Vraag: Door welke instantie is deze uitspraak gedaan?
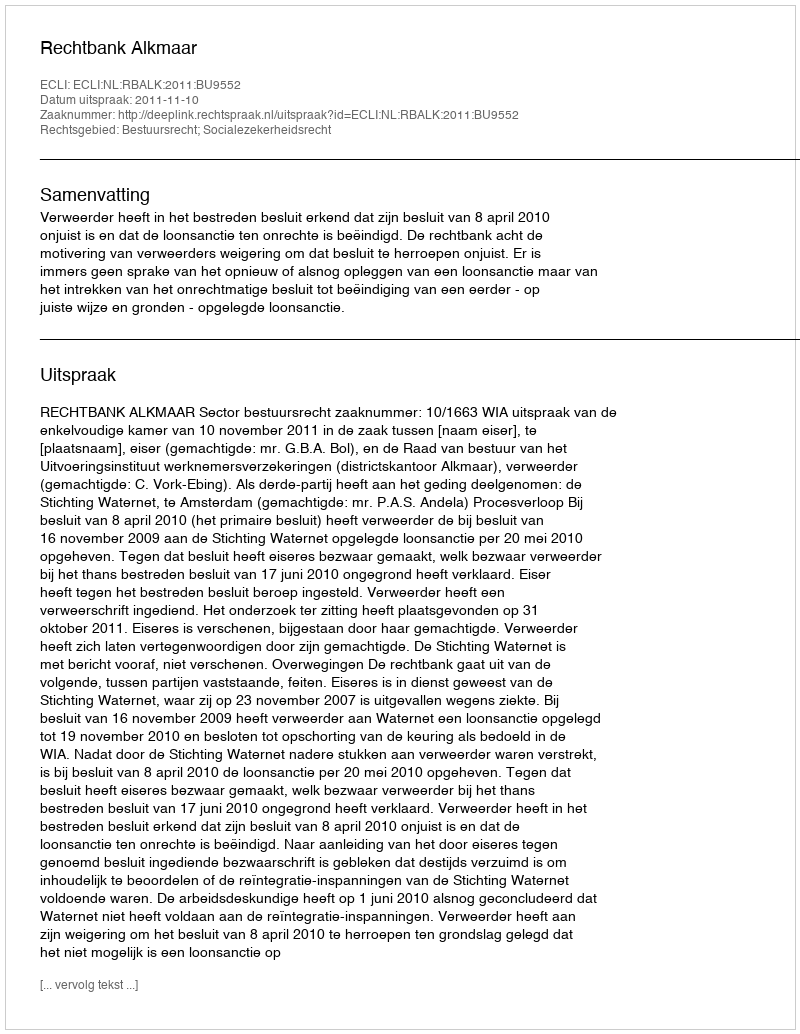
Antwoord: Rechtbank Alkmaar